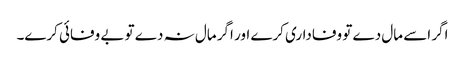
اگر اسے مال دے تو وفاداری کرے اور اگر مال نہ دے تو بے وفائی کرے۔